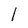
Character: l